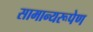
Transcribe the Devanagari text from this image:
सामान्यरूपेण